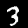
Digit: 3